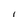
Character: I